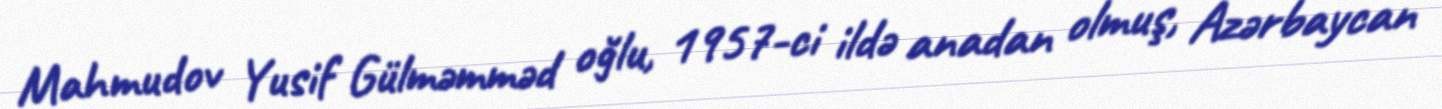
Mahmudov Yusif Gülməmməd oğlu, 1957-ci ildə anadan olmuş, Azərbaycan